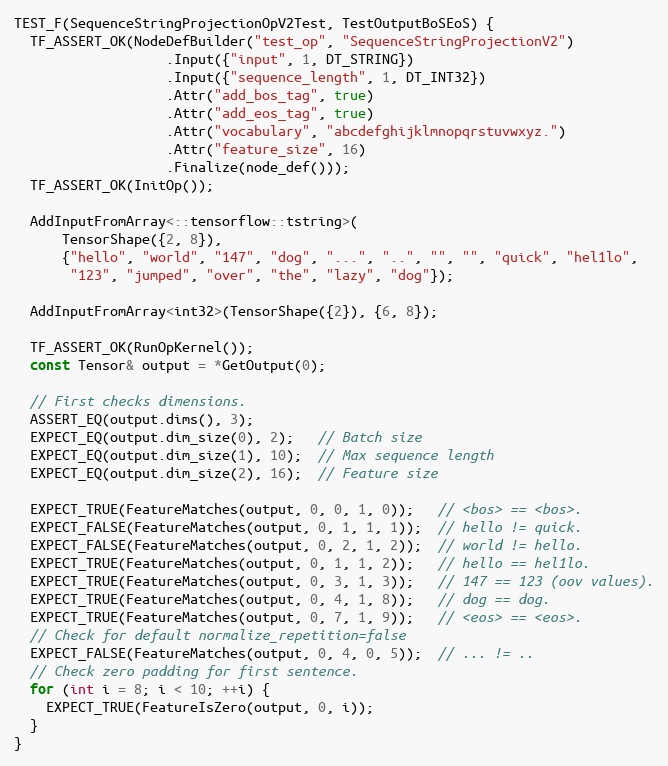
Language: C++
TEST_F(SequenceStringProjectionOpV2Test, TestOutputBoSEoS) {
  TF_ASSERT_OK(NodeDefBuilder("test_op", "SequenceStringProjectionV2")
                   .Input({"input", 1, DT_STRING})
                   .Input({"sequence_length", 1, DT_INT32})
                   .Attr("add_bos_tag", true)
                   .Attr("add_eos_tag", true)
                   .Attr("vocabulary", "abcdefghijklmnopqrstuvwxyz.")
                   .Attr("feature_size", 16)
                   .Finalize(node_def()));
  TF_ASSERT_OK(InitOp());

  AddInputFromArray<::tensorflow::tstring>(
      TensorShape({2, 8}),
      {"hello", "world", "147", "dog", "...", "..", "", "", "quick", "hel1lo",
       "123", "jumped", "over", "the", "lazy", "dog"});

  AddInputFromArray<int32>(TensorShape({2}), {6, 8});

  TF_ASSERT_OK(RunOpKernel());
  const Tensor& output = *GetOutput(0);

  // First checks dimensions.
  ASSERT_EQ(output.dims(), 3);
  EXPECT_EQ(output.dim_size(0), 2);   // Batch size
  EXPECT_EQ(output.dim_size(1), 10);  // Max sequence length
  EXPECT_EQ(output.dim_size(2), 16);  // Feature size

  EXPECT_TRUE(FeatureMatches(output, 0, 0, 1, 0));   // <bos> == <bos>.
  EXPECT_FALSE(FeatureMatches(output, 0, 1, 1, 1));  // hello != quick.
  EXPECT_FALSE(FeatureMatches(output, 0, 2, 1, 2));  // world != hello.
  EXPECT_TRUE(FeatureMatches(output, 0, 1, 1, 2));   // hello == hel1lo.
  EXPECT_TRUE(FeatureMatches(output, 0, 3, 1, 3));   // 147 == 123 (oov values).
  EXPECT_TRUE(FeatureMatches(output, 0, 4, 1, 8));   // dog == dog.
  EXPECT_TRUE(FeatureMatches(output, 0, 7, 1, 9));   // <eos> == <eos>.
  // Check for default normalize_repetition=false
  EXPECT_FALSE(FeatureMatches(output, 0, 4, 0, 5));  // ... != ..
  // Check zero padding for first sentence.
  for (int i = 8; i < 10; ++i) {
    EXPECT_TRUE(FeatureIsZero(output, 0, i));
  }
}